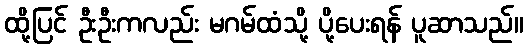
ထို့ပြင် ဦးဦးကလည်း မဂမ်ထံသို့ ပို့ပေးရန် ပူဆာသည်။